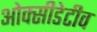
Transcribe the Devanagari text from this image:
ओक्सीडेटीव